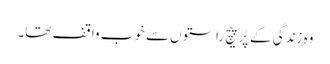
وہ زندگی کے پُرپیچ راستوں سے خوب واقف تھا۔